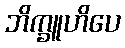
ဘိက္ခူဟိပေ